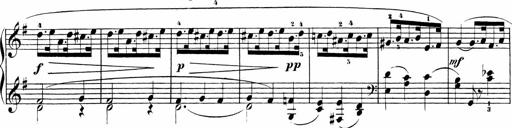
Title: Sonatinen Op.47, 98 und 136, nebst 6 Liedersonatinen
Composer: Carl Reinecke